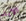
الاباء